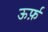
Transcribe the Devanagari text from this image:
ऊर्फ़